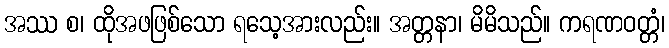
အဿ စ၊ ထိုအဖဖြစ်သော ရသေ့အားလည်း။ အတ္တနာ၊ မိမိသည်။ ကရဏဝတ္တံ၊